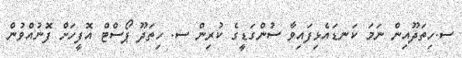
ސ.ހިތަދޫއިން ނަމަ ކަނޑައެޅިފައިވާ ސުންގަޑީގެ ކުރިން ސ. ހިތަދޫ ޕޯސްޓް އޮފީހަށް ފޮނުއްވުން